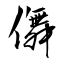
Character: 儛